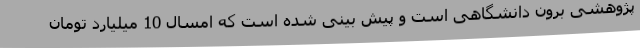
پژوهشی برون دانشگاهی است و پیش بینی شده است که امسال 10 میلیارد تومان